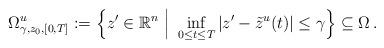
LaTeX: \begin{align*} \Omega^u_{\gamma,z_0, [0, T]} := \Big\{z' \in \mathbb{R}^n~\Big|~\inf_{0 \le t \le T}|z'-\tilde{z}^u(t)| \le \gamma\Big\} \subseteq \Omega \,. \end{align*}